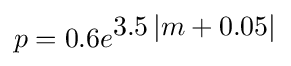
p=0.6e^{\displaystyle 3.5\left\vert m+0.05\right\vert }